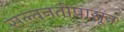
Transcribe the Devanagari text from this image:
सल्तनतीपासून